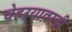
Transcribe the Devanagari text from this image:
चेहऱ्यावरची